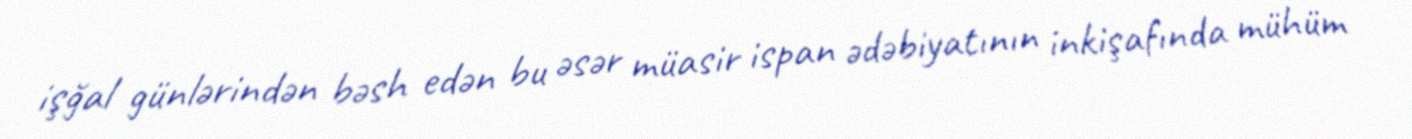
işğal günlərindən bəsh edən bu əsər müasir ispan ədəbiyatının inkişafında mühüm